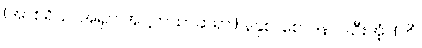
(အာစရိယ၊ အရှင် အဋ္ဌကထာဆရာ၊) နနုစ၊ စောဒနာပါဦးအံ့။ (ကိံ၊